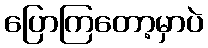
ပြောကြတော့မှာပဲ